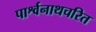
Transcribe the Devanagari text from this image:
पार्श्वनाथचरित